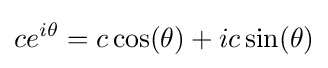
ce^{i\theta }=c\cos(\theta )+ic\sin(\theta )